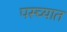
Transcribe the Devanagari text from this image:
पस्च्यात